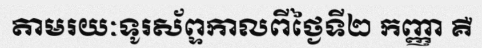
តាមរយៈទូរស័ព្ទកាលពីថ្ងៃទី២ កញ្ញា គឺ